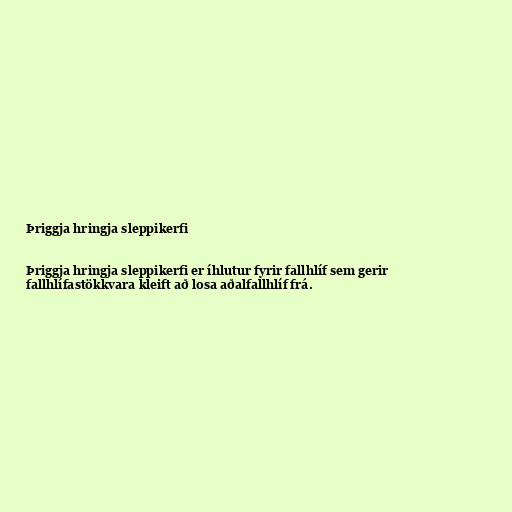
Þriggja hringja sleppikerfi

Þriggja hringja sleppikerfi er íhlutur fyrir fallhlíf sem gerir
fallhlífastökkvara kleift að losa aðalfallhlíf frá.